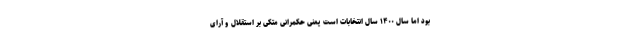
بود اما سال ۱۴۰۰ سال انتخابات است یعنی حکمرانی متکی بر استقلال و آرای